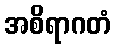
အစိရာဂတံ